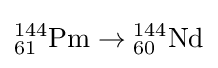
{}_{61}^{144}{\text{Pm}}\to {}_{60}^{144}{\text{Nd}}